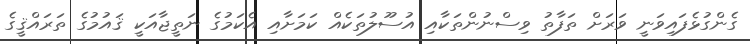
ގެންގުޅެފައިވަނީ ވަރަށް ތަފާތު ވިސްނުންތަކާއި އުސޫލުތަކެއް ކަމަށާއި އެކަމުގެ ނަތީޖާއަކީ ޤައުމުގެ ތަރައްޤީގެ